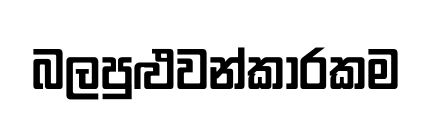
බලපුළුවන්කාරකම